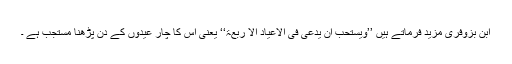
ابن بزوفری مزید فرماتے ہیں ’’ویستحب ان یدعی فی الاعیاد الا ربعۃ‘‘ یعنی اس کا چار عیدوں کے دن پڑھنا مستجب ہے ۔